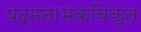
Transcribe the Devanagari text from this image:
पद्मनाभकविकृत